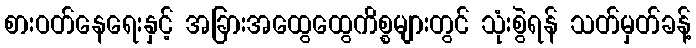
စားဝတ်နေရေးနှင့် အခြားအထွေထွေကိစ္စများတွင် သုံးစွဲရန် သတ်မှတ်ခန့်